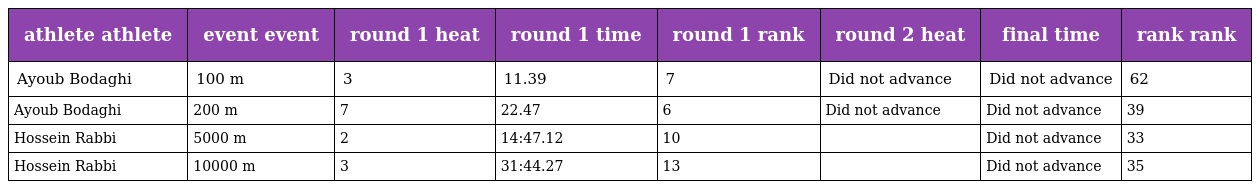
| athlete athlete | event event | round 1 heat | round 1 time | round 1 rank | round 2 heat | final time | rank rank |
 | --- | --- | --- | --- | --- | --- | --- | --- |
 | Ayoub Bodaghi | 100 m | 3 | 11.39 | 7 | Did not advance | Did not advance | 62 |
 | Ayoub Bodaghi | 200 m | 7 | 22.47 | 6 | Did not advance | Did not advance | 39 |
 | Hossein Rabbi | 5000 m | 2 | 14:47.12 | 10 |  | Did not advance | 33 |
 | Hossein Rabbi | 10000 m | 3 | 31:44.27 | 13 |  | Did not advance | 35 |